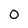
Character: 0